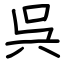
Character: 呉